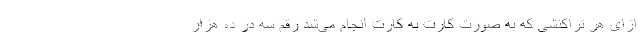
ازای هر تراکنشی که به صورت کارت به کارت انجام می‌شد رقم سه در ده هزار